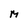
Character: M